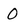
Character: 0